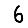
Digit: 6